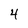
Character: 4